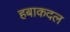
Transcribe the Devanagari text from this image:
हबाकदल